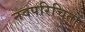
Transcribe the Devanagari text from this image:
नवपरिचितों